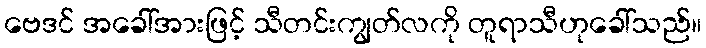
ဗေဒင် အခေါ်အားဖြင့် သီတင်းကျွတ်လကို တူရာသီဟုခေါ်သည်။